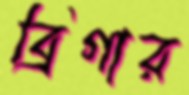
ব্রিগার